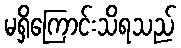
မရှိကြောင်းသိရသည်